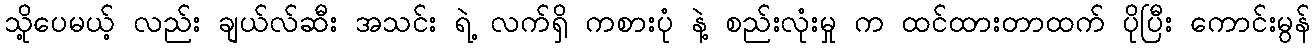
သို့ပေမယ့် လည်း ချယ်လ်ဆီး အသင်း ရဲ့ လက်ရှိ ကစားပုံ နဲ့ စည်းလုံးမှု က ထင်ထားတာထက် ပိုပြီး ကောင်းမွန်